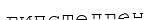
гипстелген